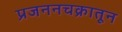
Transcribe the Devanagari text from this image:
प्रजननचक्रातून